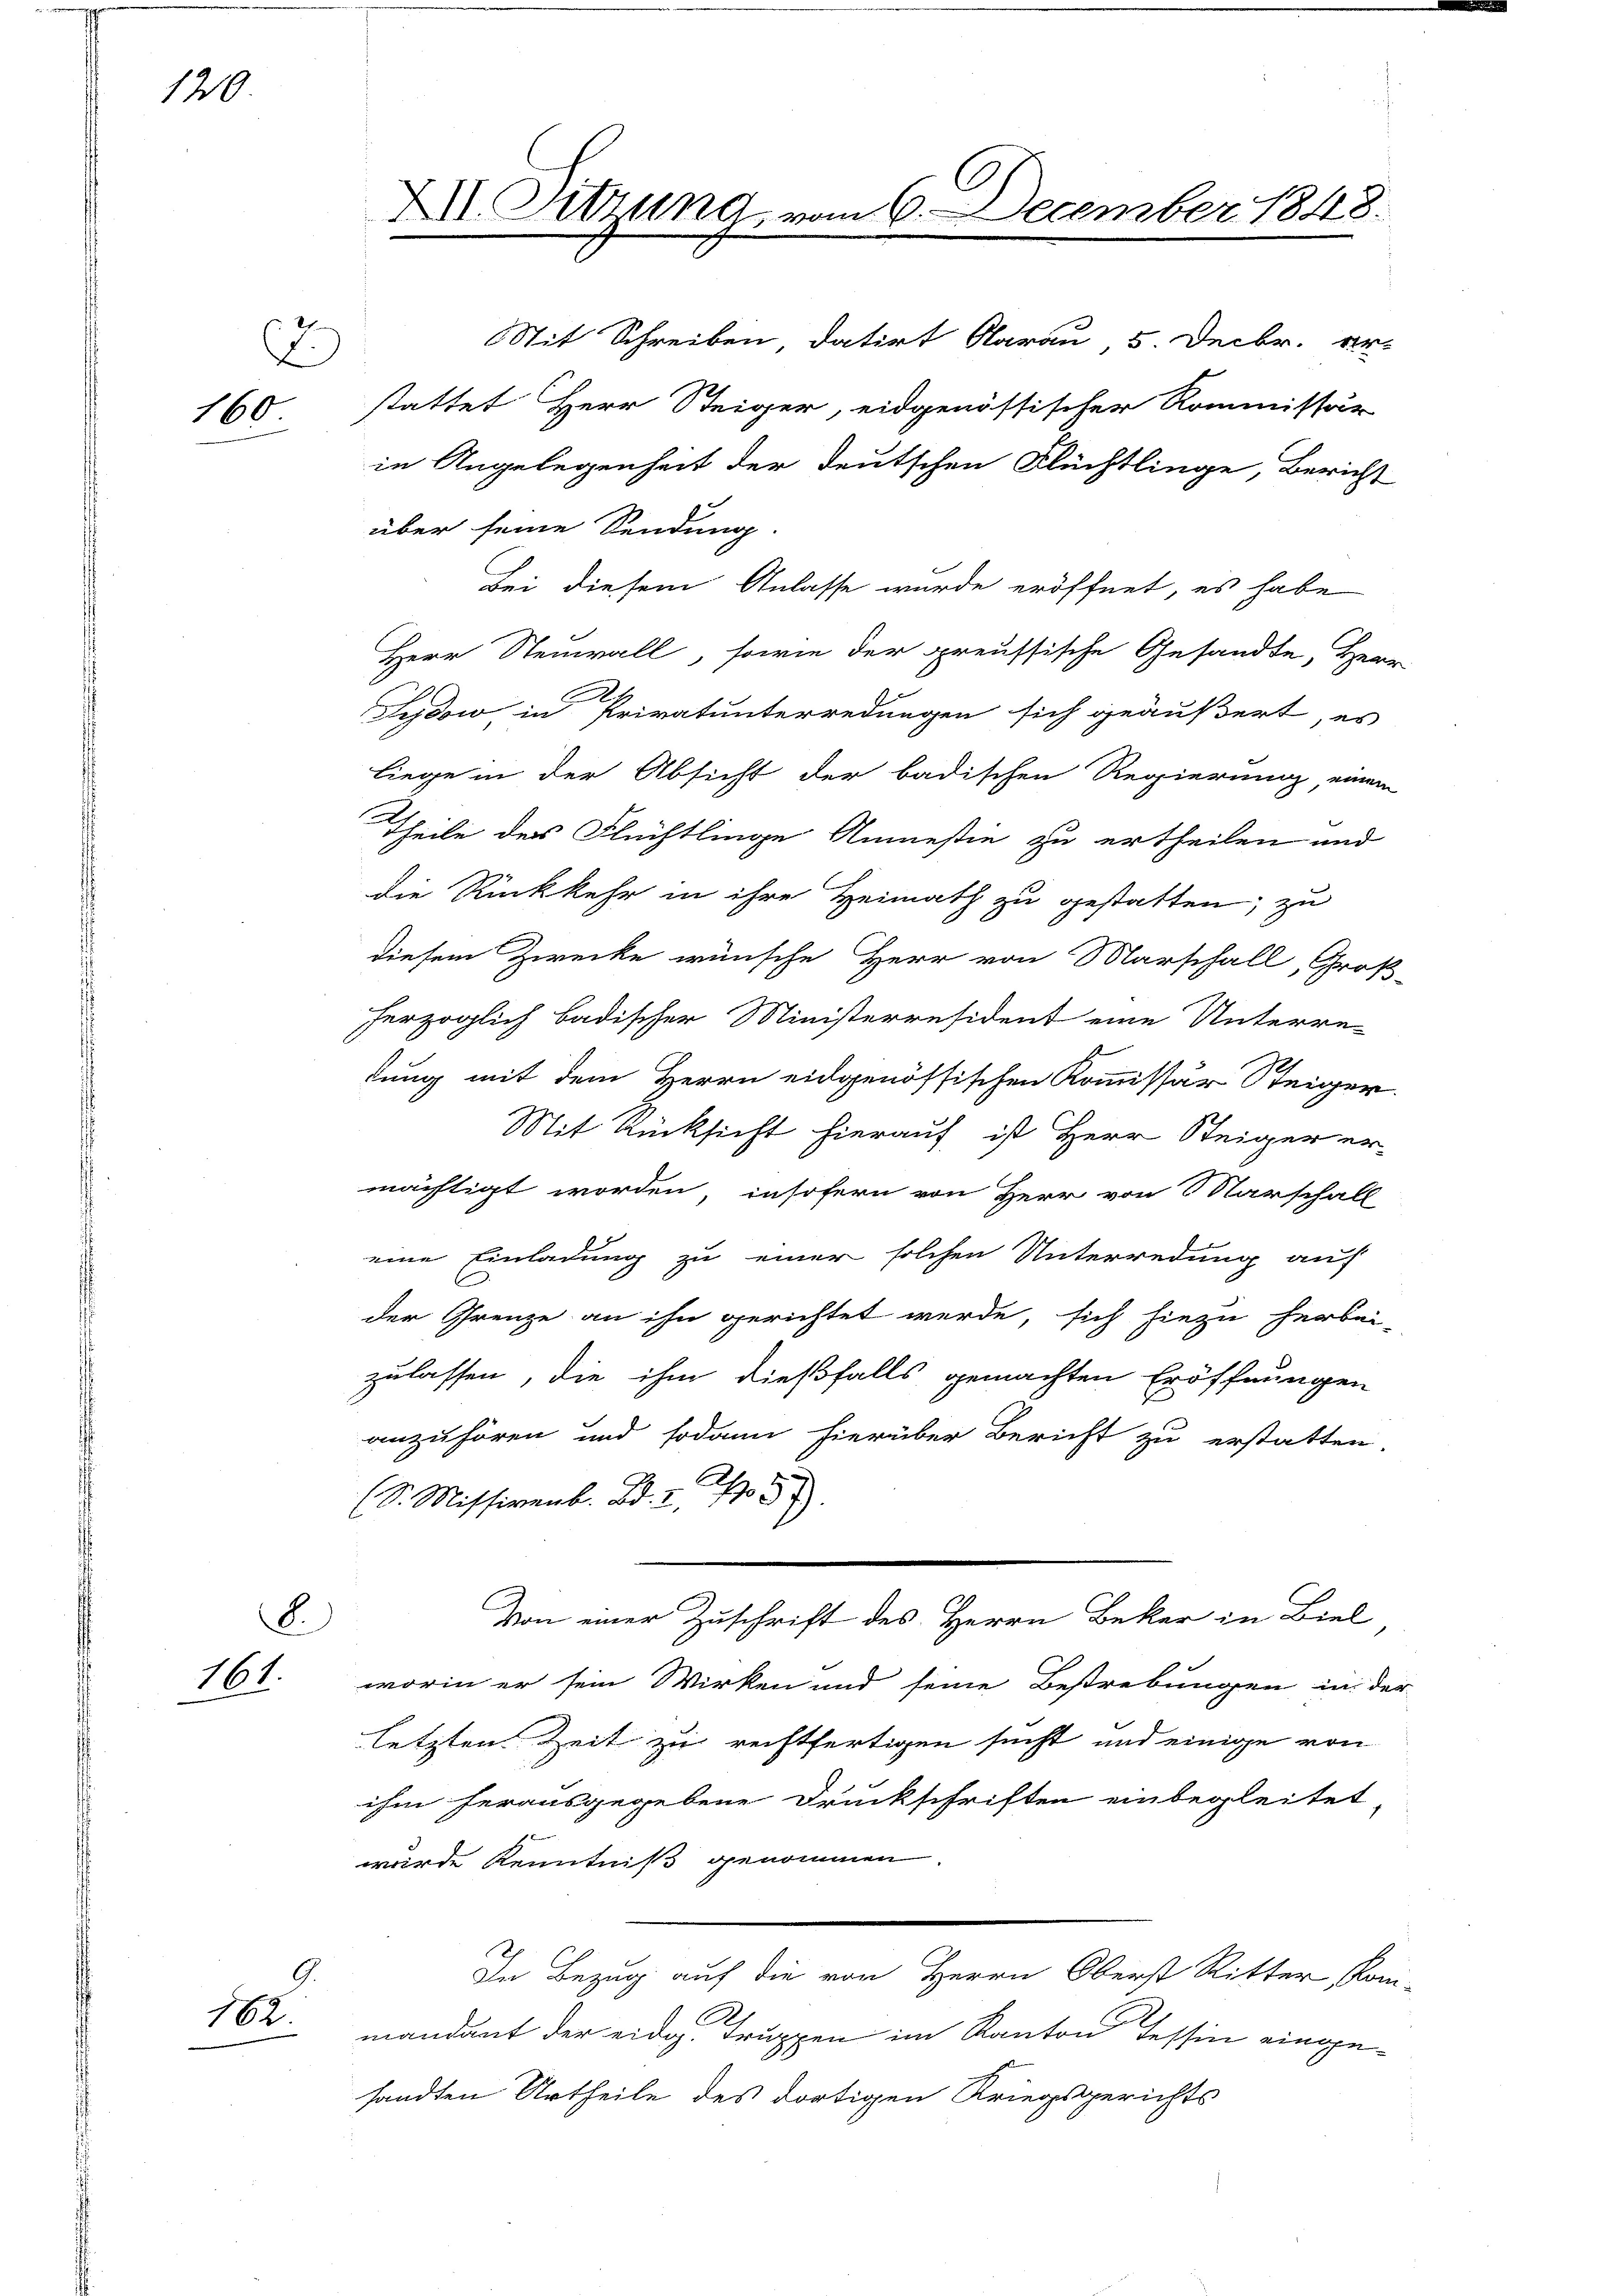
120

.
160

B.
161.

G.
162.

über seine Sendung.
Bei diesem Anlasse wurde eröffnet, es habe
Herr Neuwall, sowie der preussische Gesandte, Herr
Sedow, in Privatunterredungen sich geäußert, es
liege in der Absicht der badischen Regierung, einem
Theile des Flüchtlinge Anmesie zu ertheilen und
die Rückkehr in ihre Heimath zu gestatten; zu
diesem Zwecke wünsche Herr von Marschall, Groß-
herzoglich badischer Ministerresident eine Unterre-
dung mit dem Herrn eidgenössischen Kommissär Steiger.
Mit Rücksicht hierauf ist Herr Steiger er-
mächtigt worden, insofern von Herr von Marschall
eine Einladung zu einer solchen Unterredung auf
der Grenze an ihn gerichtet werde, sich hiezu herbei-
zulassen, die ihm dießfalls gemachten Eröffnungen
anzuhören und sodann hierüber Bericht zu erstatten.
A.
S. Missivenb. Bd. 2. No 52
Von einer Zuschrift des Herrn Bekar in Biel
worin er sein Wirken und seine Bestrebungen in der
letzten Zeit zu rechtfertigen sucht und einige von
ihm herausgegebene Druckschriften einbegleitet
wurde Kenntniß genommen
In Bezug auf die von Herrn Oberst Ritter, Kom-
mandant der eidg. Truppen im Kanton Tessin eingesandten Urtheile des dortigen Kriegsgerichts

XII. Sitzung vom 6. December 1848.

Stit Schreiben, datirt darau, 5. Decbr. er-
stattet Herr Steiger, eidgenössischer Kommissär
in Angelegenheit der deutschen Flüchtlinge, Bericht